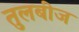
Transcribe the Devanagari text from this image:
तुलबीज